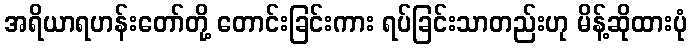
အရိယာရဟန်းတော်တို့ တောင်းခြင်းကား ရပ်ခြင်းသာတည်းဟု မိန့်ဆိုထားပုံ